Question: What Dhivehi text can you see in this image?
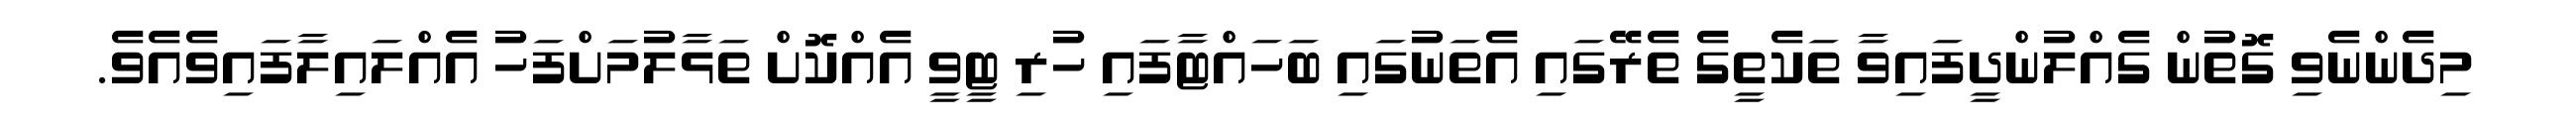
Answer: މިދެންނެވި ގޮތުން ގެއްލުންދީފައިވާ ތަކެތީގެ ތެރޭގައި އެތަނުގައި ބަހައްޓާފައި ހުރި ޓީވީ އެއްކޮށް ތަޅާލުމަށްފަހު އެއްލައިލާފައިވެއެވެ.